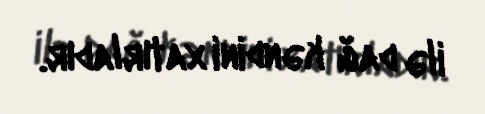
ilə dağ kəndini xatırladır.